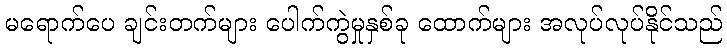
မရောက်ပေ ချင်းတက်များ ပေါက်ကွဲမှုနှစ်ခု ထောက်များ အလုပ်လုပ်နိုင်သည်